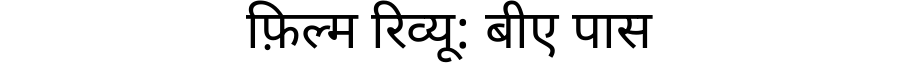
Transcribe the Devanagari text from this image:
फ़िल्म रिव्यू: बीए पास